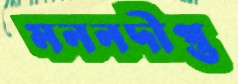
মননদীপ্ত